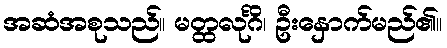
အဆံအစုသည်။ မတ္ထလုင်္ဂိ၊ ဦးနှောက်မည်၏။